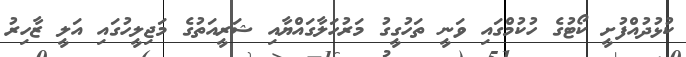
ކުޅުދުއްފުށީ ކޯޓުގެ ހުކުމްގައި ވަނީ ތަހުގީގު މަރުހަލާގައްޔާއި ޝަރީއަތުގެ މަޖިލީހުގައި އަލީ ޒާހިރު